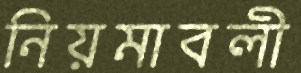
নিয়মাবলী